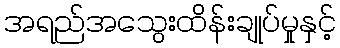
အရည်အသွေးထိန်းချုပ်မှုနှင့်